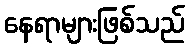
နေရာများဖြစ်သည်